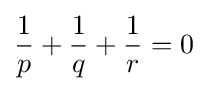
{\frac {1}{p}}+{\frac {1}{q}}+{\frac {1}{r}}=0